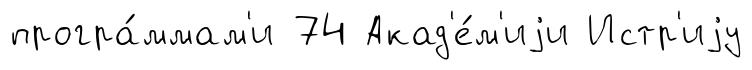
програ́ммам'и 74 Акад'е́м'иjи Истр'иjу